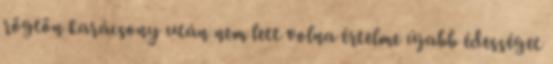
rögtön karácsony után nem lett volna értelme újabb édességet